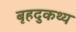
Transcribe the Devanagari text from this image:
बृहदुकथ्य